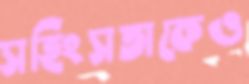
সহিংসতাকেও